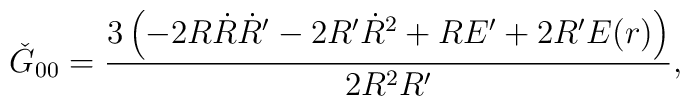
\check{G}_{00}=\frac{3\left(-2R\dot{R}\dot{R}'-2R'\dot{R}^2+RE'+2R'E(r)\right)}{2R^2R'},